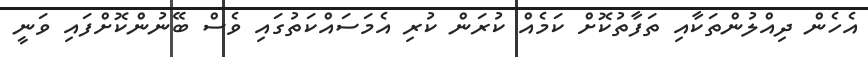
އެހެން ދިއްލުންތަކާއި ތަފާތުކޮށް ކަމެއް ކުރަން ކުރި އެމަސައްކަތުގައި ވެސް ބޭނުންކޮށްފައި ވަނީ